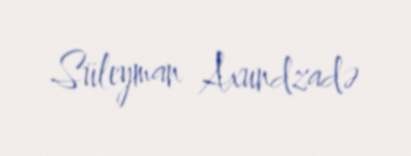
Süleyman Axundzadə